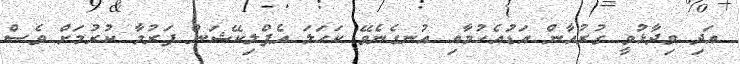
އަދި ވިދާޅުވީ ގުރުއާން އަޑުއެހުމާއި އުނގެނެވޭ ކަހަލަ އެޕްލިކޭޝަން ފަރުމާ ކުރުމަށް ވެސް